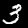
Label: 3